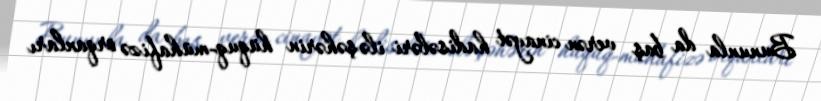
Bununla da baş verən cinayət hadisələri ilə şəhərin hüquq-mühafizə orqanları